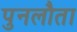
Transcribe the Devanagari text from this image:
पुनलौता